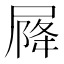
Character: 𡲣